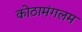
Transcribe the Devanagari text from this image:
कोठामंगलम